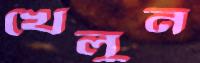
খেলুন